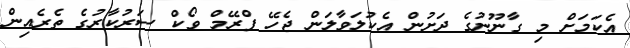
އެކަމަށް މި ގާނޫނުގެ ދަށުން އެކުލަވާލަން ޖެހޭ ފްރޭމް ވޯކް ސަރުކާރުގެ ތެރެއިން